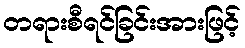
တရားစီရင်ခြင်းအားဖြင့်